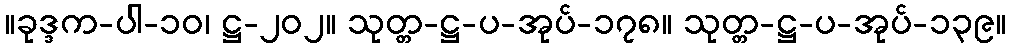
။ခုဒ္ဒက-ပါ-၁၀၊ ဋ္ဌ-၂၀၂။ သုတ္တ-ဋ္ဌ-ပ-အုပ်-၁၇၈။ သုတ္တ-ဋ္ဌ-ပ-အုပ်-၁၃၉။